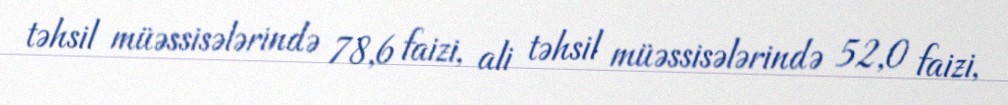
təhsil müəssisələrində 78,6 faizi, ali təhsil müəssisələrində 52,0 faizi,